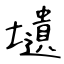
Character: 壝